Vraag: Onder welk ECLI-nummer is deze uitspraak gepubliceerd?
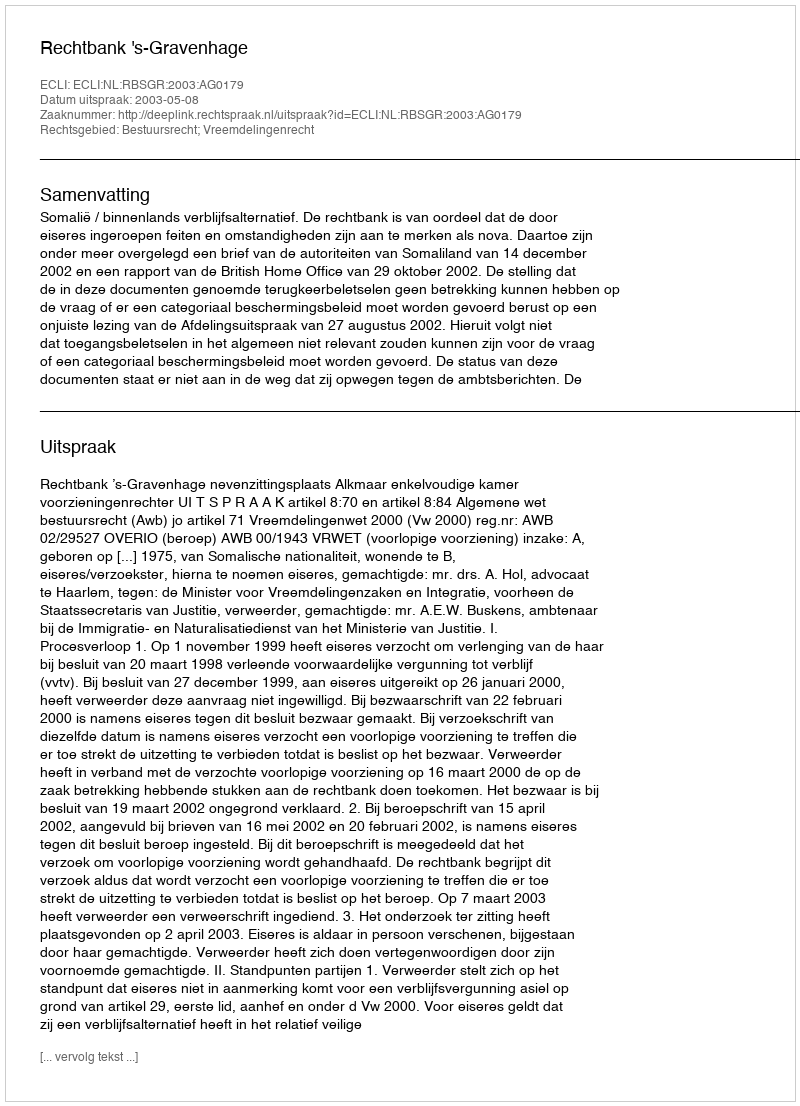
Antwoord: ECLI:NL:RBSGR:2003:AG0179